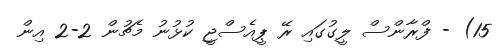
15) - ފްރާންސް ލީގުގައި ރޭ ޕީއެސްޖީ ކުޅުނު މެޗުން 2-2 އިން